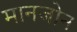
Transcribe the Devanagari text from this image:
मानजोन